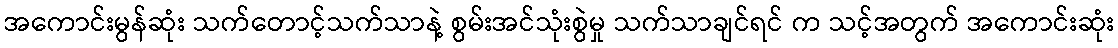
အကောင်းမွန်ဆုံး သက်တောင့်သက်သာနဲ့ စွမ်းအင်သုံးစွဲမှု သက်သာချင်ရင် က သင့်အတွက် အကောင်းဆုံး